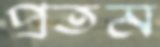
প্রতম